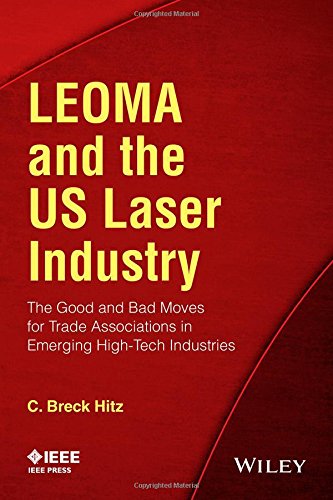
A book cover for LEOMA and the US Laser Industry: The Good and Bad Moves for Trade Associations in Emerging High-Tech Industries; C. Breck Hitz; Science & Math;